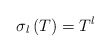
\begin{align*}\sigma _{l}\left( T\right) =T^{l}\end{align*}